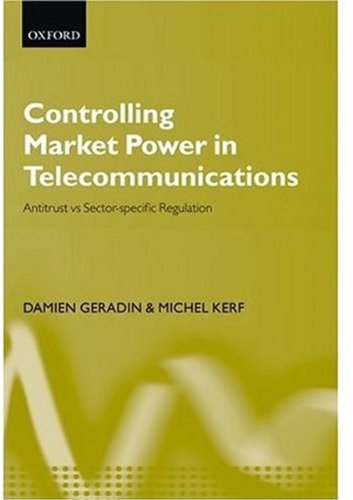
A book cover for Controlling Market Power in Telecommunications: Antitrust vs. Sector-Specific Regulation; Damien Geradin; Law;